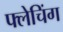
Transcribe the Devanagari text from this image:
फ्लेचिंग